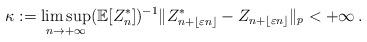
LaTeX: \begin{align*}\kappa:=\limsup_{n\rightarrow +\infty} (\mathbb E[Z_n^*])^{-1}\Vert Z^*_{n+\lfloor \varepsilon n\rfloor}-Z_{n+\lfloor\varepsilon n\rfloor}\Vert_p <+\infty\, .\end{align*}